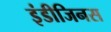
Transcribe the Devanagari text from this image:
इंडीजिनस